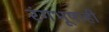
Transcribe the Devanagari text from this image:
रंगभूषाही